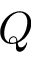
Q